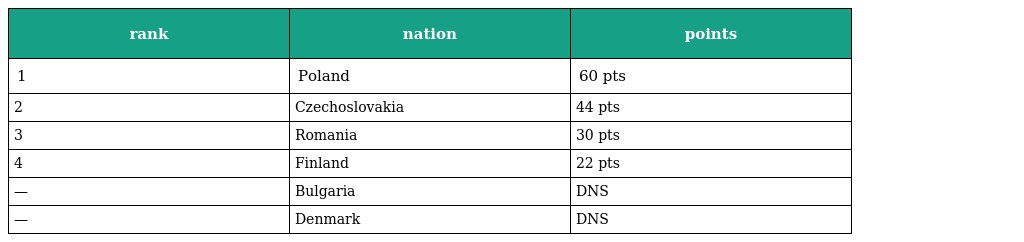
| rank | nation | points |
 | --- | --- | --- |
 | 1 | Poland | 60 pts |
 | 2 | Czechoslovakia | 44 pts |
 | 3 | Romania | 30 pts |
 | 4 | Finland | 22 pts |
 | — | Bulgaria | DNS |
 | — | Denmark | DNS |